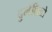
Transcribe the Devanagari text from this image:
दुर्लक्षितो